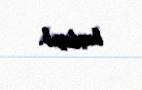
başlayıb.